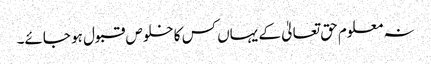
نہ معلوم حق تعالیٰ کے یہاں کس کا خلوص قبول ہو جائے۔